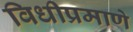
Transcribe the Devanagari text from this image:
विधीप्रमाणे